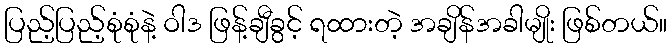
ပြည့်ပြည့်စုံစုံနဲ့ ဝါဒ ဖြန့်ချီခွင့် ရထားတဲ့ အချိန်အခါမျိုး ဖြစ်တယ်။